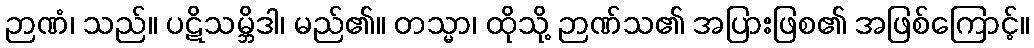
ဉာဏံ၊ သည်။ ပဋိသမ္ဘိဒါ၊ မည်၏။ တသ္မာ၊ ထိုသို့ ဉာဏ်သ၏ အပြားဖြစ၏ အဖြစ်ကြောင့်။